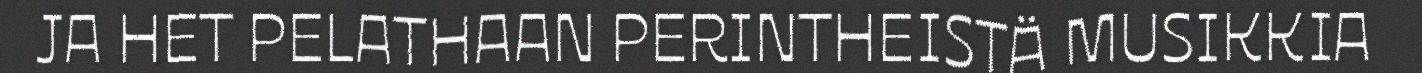
JA HET PELATHAAN PERINTHEISTÄ MUSIKKIA